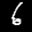
Label: 6